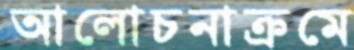
আলোচনাক্রমে